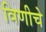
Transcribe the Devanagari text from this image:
विणीचे